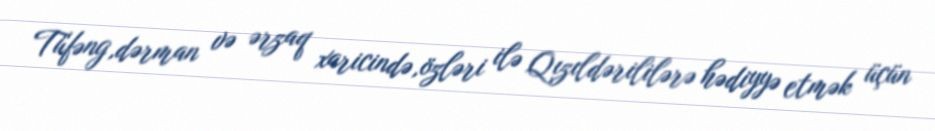
Tüfəng,dərman və ərzaq xaricində,özləri ilə Qızıldərililərə hədiyyə etmək üçün